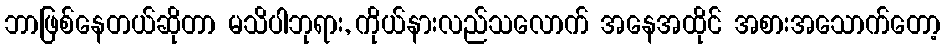
ဘာဖြစ်နေတယ်ဆိုတာ မသိပါဘုရား, ကိုယ်နားလည်သလောက် အနေအထိုင် အစားအသောက်တော့